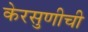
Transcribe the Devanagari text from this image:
केरसुणीची